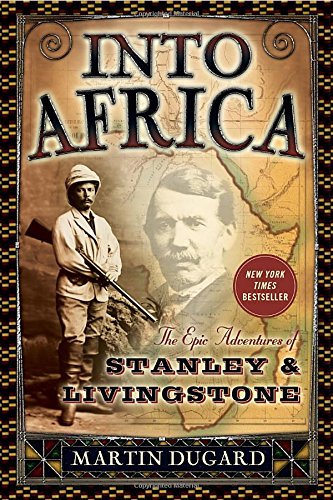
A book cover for Into Africa: The Epic Adventures of Stanley and Livingstone; Martin Dugard; Biographies & Memoirs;